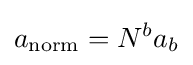
a_{\mathrm {norm} }=N^{b}a_{b}